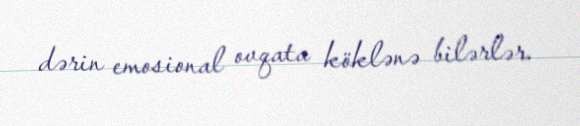
dərin emosional ovqata köklənə bilərlər.